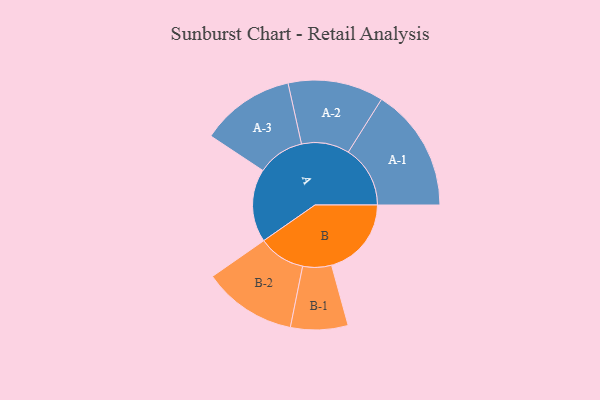
{"axis": {"x": "Segment", "y": "Value"}, "legend": ["", "A", "B"], "data": [{"x": "A", "y": 306, "type": ""}, {"x": "B", "y": 334, "type": ""}, {"x": "A-1", "y": 259, "type": "A"}, {"x": "A-2", "y": 200, "type": "A"}, {"x": "A-3", "y": 197, "type": "A"}, {"x": "B-1", "y": 120, "type": "B"}, {"x": "B-2", "y": 196, "type": "B"}]}